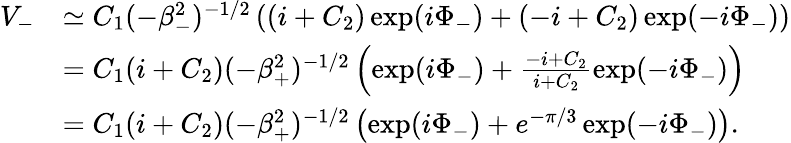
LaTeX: \begin{array}{rl}{V_{-}}&{\simeq C_{1}(-\beta_{-}^{2})^{-1/2}\left((i+C_{2})\exp(i\Phi_{-})+(-i+C_{2})\exp(-i\Phi_{-})\right)}\\ &{=C_{1}(i+C_{2})(-\beta_{+}^{2})^{-1/2}\left(\exp(i\Phi_{-})+\frac{-i+C_{2}}{i+C_{2}}\exp(-i\Phi_{-})\right)}\\ &{=C_{1}(i+C_{2})(-\beta_{+}^{2})^{-1/2}\left(\exp(i\Phi_{-})+e^{-\pi/3}\exp(-i\Phi_{-})\right).}\end{array}